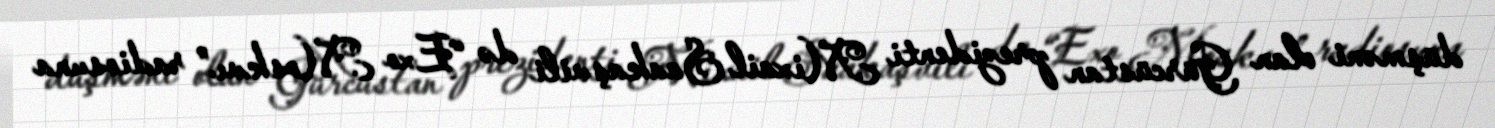
düşməni olan Gürcüstan prezidenti Mixail Saakaşvili də “Exo Moskvı” radiosuna